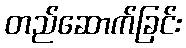
တည်ဆောက်ခြင်း